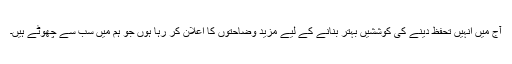
آج میں انہیں تحفظ دینے کی کوششیں بہتر بنانے کے لیے مزید وضاحتوں کا اعلان کر رہا ہوں جو ہم میں سب سے چھوٹے ہیں۔